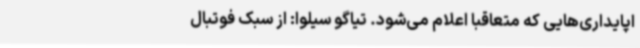
اپایداری‌هایی که متعاقباً اعلام می‌شود. تیاگو سیلوا: از سبک فوتبال